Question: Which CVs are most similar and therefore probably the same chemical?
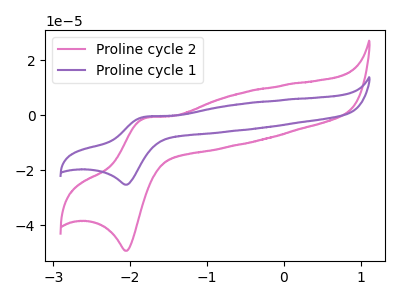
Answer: <think>The pink curve "Proline cycle 2" has an anodic peak at (-1.80V, -1.00uA) and a cathodic peak at (-2.05V, -49.20uA). The purple curve "Proline cycle 1" has an anodic peak at (-1.80V, -0.50uA) and a cathodic peak at (-2.05V, -25.20uA).
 All the peaks in "Proline cycle 2" have a peak in "Proline cycle 1" at the same potential.</think>
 <answer>"Proline cycle 2" and "Proline cycle 1" have the same shape and are likely CV's of the same chemical.</answer>
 <eval>"Proline cycle 2" "Proline cycle 1"</eval>